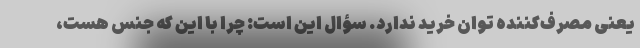
یعنی مصرف‌کننده توان خرید ندارد. سؤال این است: چرا با این که جنس هست،